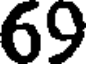
69